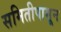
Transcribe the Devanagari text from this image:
समितीपासून